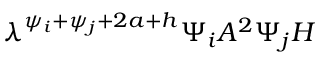
\lambda ^ { \psi _ { i } + \psi _ { j } + 2 a + h } \Psi _ { i } A ^ { 2 } \Psi _ { j } H